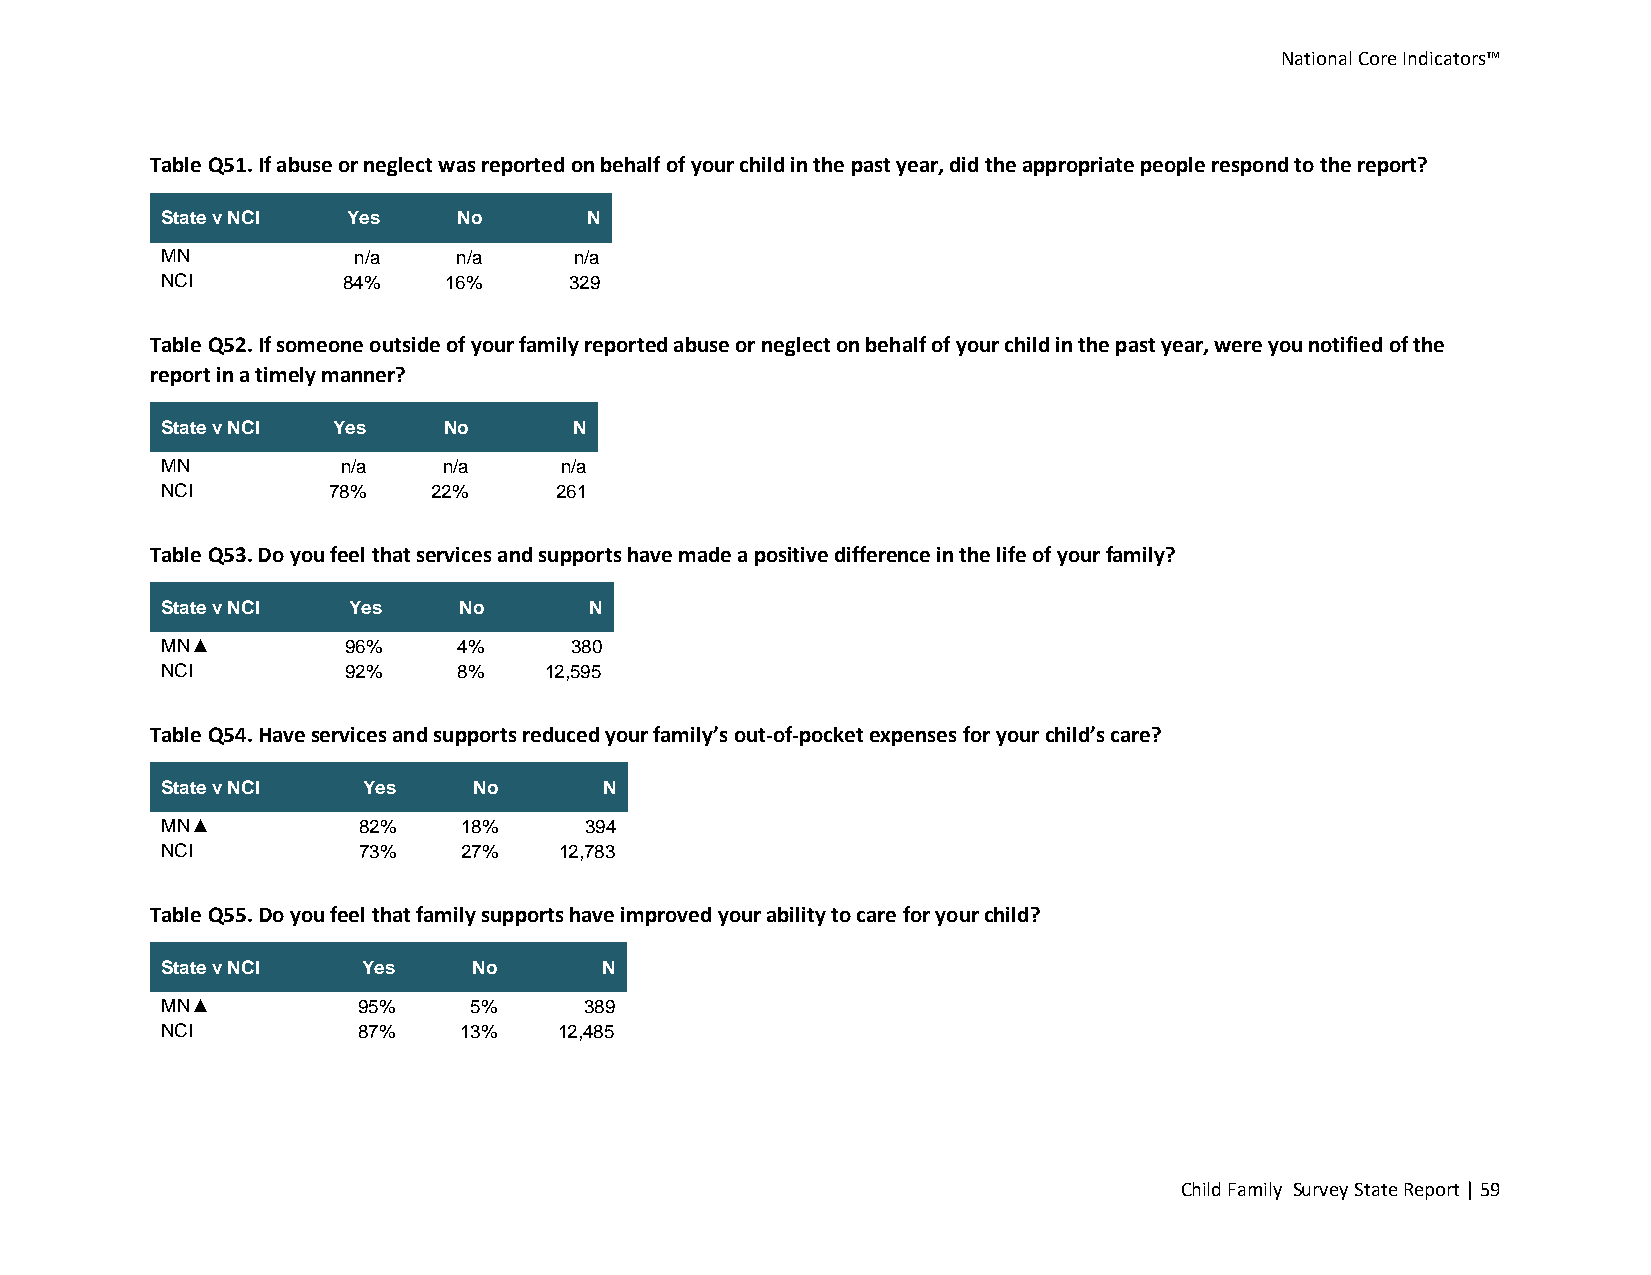
National Core Indicators™
 Table Q51. If abuse or neglect was reported on behalf of your child in the past year, did the appropriate people respond to the report?
 State v NCI Yes    No       N
 MN          n/a    n/a     n/a
 NCI         84%   16%      329
 Table Q52. If someone outside of your family reported abuse or neglect on behalf of your child in the past year, were you notified of the
 report in a timely manner?
 State v NCI Yes   No       N
 MN          n/a   n/a     n/a
 NCI        78%    22%     261
 Table Q53. Do you feel that services and supports have made a positive difference in the life of your family?
 State v NCI Yes    No       N
 MN▲         96%    4%      380
 NCI         92%    8%    12,595
 Table Q54. Have services and supports reduced your family’s out-of-pocket expenses for your child’s care?
 State v NCI  Yes    No       N
 MN▲          82%   18%      394
 NCI          73%   27%    12,783
 Table Q55. Do you feel that family supports have improved your ability to care for your child?
 State v NCI  Yes    No       N
 MN▲          95%    5%      389
 NCI          87%   13%    12,485
 Child Family Survey State Report | 59